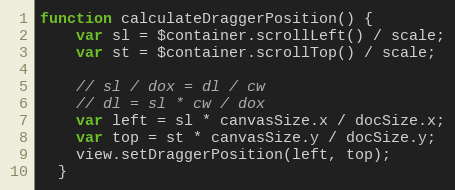
Language: JavaScript
function calculateDraggerPosition() {
    var sl = $container.scrollLeft() / scale;
    var st = $container.scrollTop() / scale;

    // sl / dox = dl / cw
    // dl = sl * cw / dox
    var left = sl * canvasSize.x / docSize.x;
    var top = st * canvasSize.y / docSize.y;
    view.setDraggerPosition(left, top);
  }